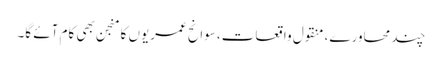
چند محاورے، منقول واقعات، سوانح عمریوں کا منجن بھی کام آئے گا۔